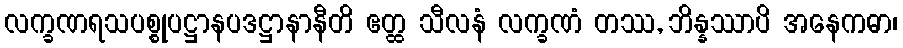
လက္ခဏရသပစ္စုပဋ္ဌာနပဒဋ္ဌာနာနီတိ ဧတ္ထ သီလနံ လက္ခဏံ တဿ, ဘိန္နဿာပိ အနေကဓာ၊